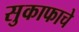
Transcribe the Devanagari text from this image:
सुकाफाचे